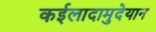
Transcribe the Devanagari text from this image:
कईलादामुदेयान